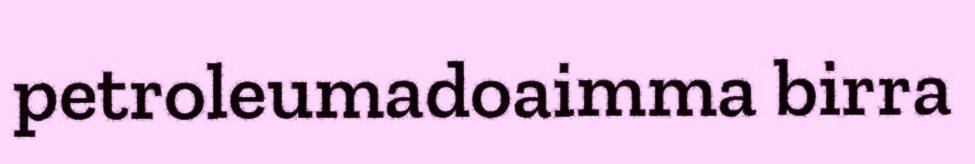
petroleumadoaimma birra